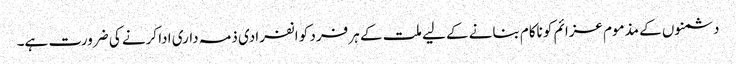
دشمنوں کے مذموم عزائم کو ناکام بنانے کے لیے ملت کے ہر فرد کو انفرادی ذمہ داری ادا کرنے کی ضرورت ہے۔